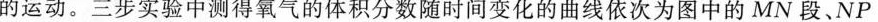
的运动。三步实验中测得氧气的体积分数随时间变化的曲线依次为图中的MN段、NP